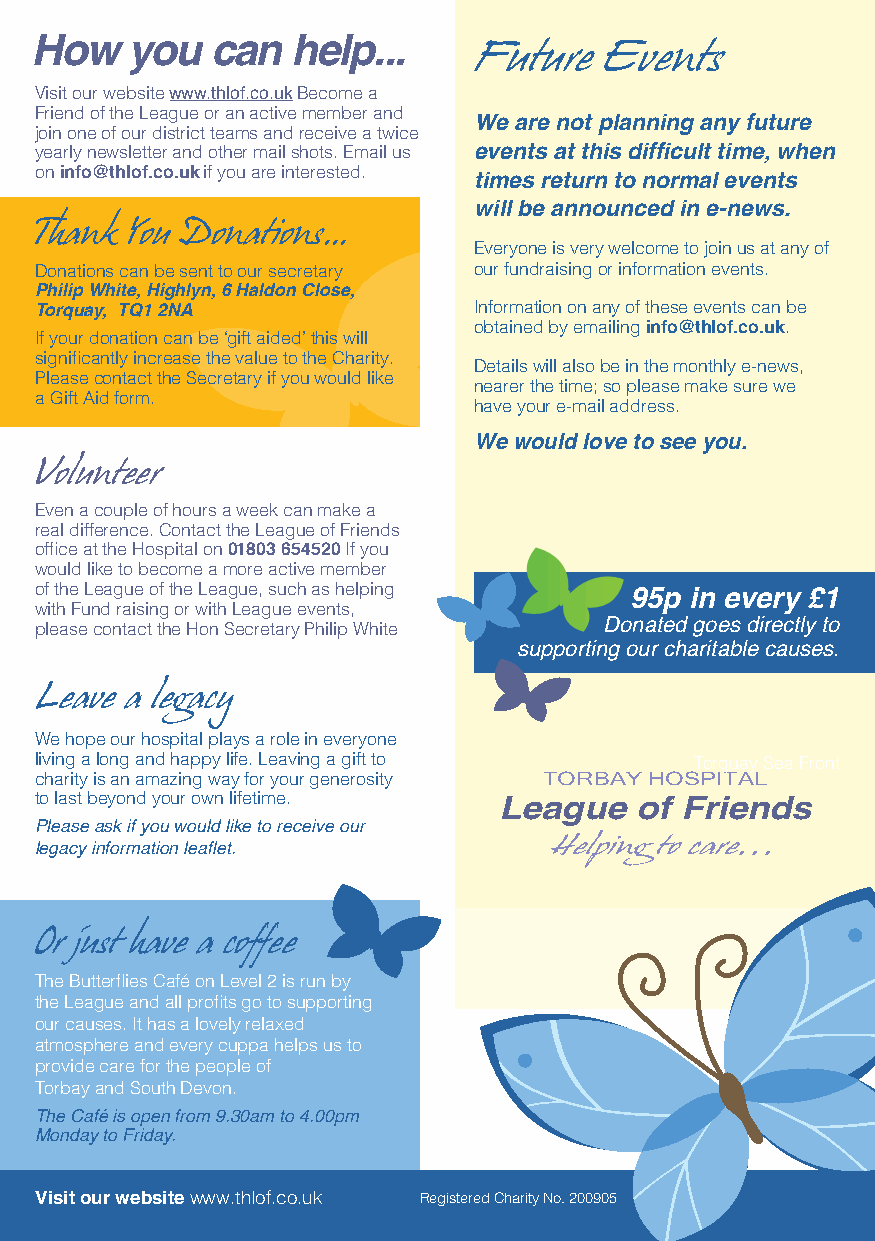
How   you   can  help...
 Future   Events
 Visit our website www.thlof.co.uk Become a
 Friend of the League or an active member and
 We are not planning any future
 join one of our district teams and receive a twice
 yearly newsletter and other mail shots. Email us events at this difficult time, when
 on info@thlof.co.uk if you are interested.
 times return to normal events
 will be announced in e-news.
 Thank You Donations...
 Everyone is very welcome to join us at any of
 Donations can be sent to our secretary our fundraising or information events.
 Philip White, Highlyn, 6 Haldon Close,
 Torquay, TQ1 2NA             Information on any of these events can be
 obtained by emailing info@thlof.co.uk.
 If your donation can be ‘gift aided’ this will
 significantly increase the value to the Charity.
 Details will also be in the monthly e-news,
 Please contact the Secretary if you would like
 nearer the time; so please make sure we
 a Gift Aid form.
 have your e-mail address.
 We would love to see you.
 Volunteer
 Even a couple of hours a week can make a
 real difference. Contact the League of Friends
 office at the Hospital on 01803 654520 If you
 would like to become a more active member
 of the League of the League, such as helping
 95p in every £1
 with Fund raising or with League events,
 please contact the Hon Secretary Philip White Donated goes directly to
 supporting our charitable causes.
 Leave a legacy
 We hope our hospital plays a role in everyone
 living a long and happy life. Leaving a gift to Torquay Sea Front
 charity is an amazing way for your generosity TORBAY HOSPITAL
 to last beyond your own lifetime.
 League   of Friends
 Please ask if you would like to receive our
 legacy information leaflet.       Helping to care...
 Or just have a coffee
 The Butterflies Café on Level 2 is run by
 the League and all profits go to supporting
 our causes. It has a lovely relaxed
 atmosphere and every cuppa helps us to
 provide care for the people of
 Torbay and South Devon.
 The Café is open from 9.30am to 4.00pm
 Monday to Friday.
 Visit our website www.thlof.co.uk Registered Charity No. 200905